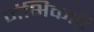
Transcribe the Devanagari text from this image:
जंभिकाएँ